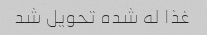
غذا له شده تحویل شد